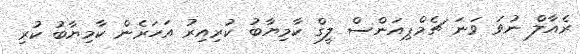
ރެއާލް ނުވަ ވަނަ ޗެމްޕިއަންސް ލީގް ކާމިޔާބު ކުރިއިރު އަހަރެން ކާމިޔާބު ކުރި